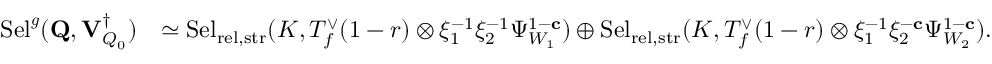
\begin{array} { r l } { \mathrm { S e l } ^ { { \boldsymbol { g } } } ( \mathbf { Q } , { \mathbf { V } _ { Q _ { 0 } } ^ { \dagger } } ) } & { \simeq \mathrm { S e l } _ { { \mathrm { r e l } , \mathrm { s t r } } } ( K , T _ { f } ^ { \vee } ( 1 - r ) \otimes \xi _ { 1 } ^ { - 1 } \xi _ { 2 } ^ { - 1 } \Psi _ { W _ { 1 } } ^ { 1 - \mathbf { c } } ) \oplus \mathrm { S e l } _ { { \mathrm { r e l } , \mathrm { s t r } } } ( K , T _ { f } ^ { \vee } ( 1 - r ) \otimes \xi _ { 1 } ^ { - 1 } \xi _ { 2 } ^ { - \mathbf { c } } \Psi _ { W _ { 2 } } ^ { 1 - \mathbf { c } } ) . } \end{array}